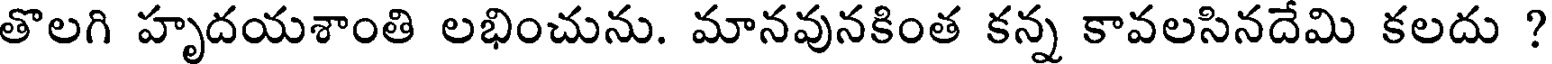
తొలగి హృదయశాంతి లభించును. మానవునకింత కన్న కావలసినదేమి కలదు ?